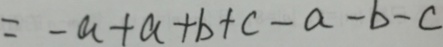
= - a + a + b + c - a - b - c